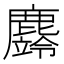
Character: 𪋚